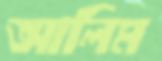
আলিম